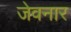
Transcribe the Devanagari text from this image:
जेवनार